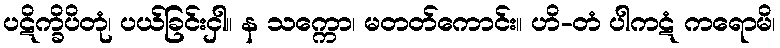
ပဋိက္ခိပိတုံ၊ ပယ်ခြင်းငှါ။ န သက္ကော၊ မတတ်ကောင်း။ ဟိ-တံ ပါကဋံ ကရောမိ၊